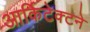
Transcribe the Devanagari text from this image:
आर्किटेक्‍टने